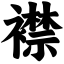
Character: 襟